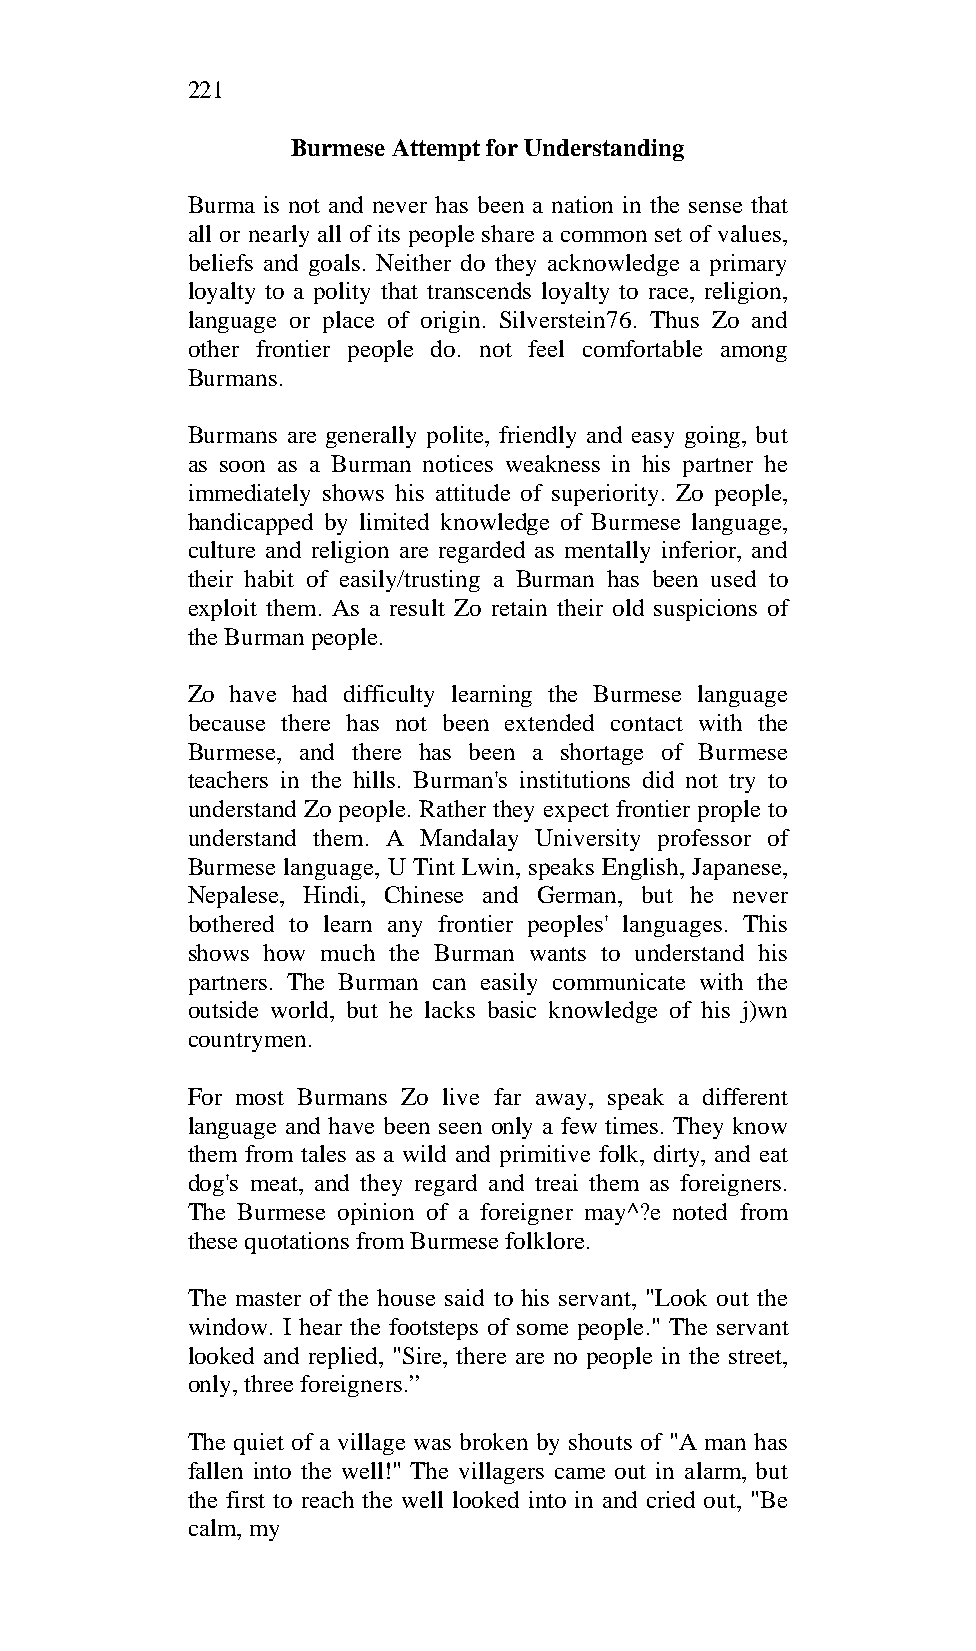
221
 Burmese Attempt for Understanding
 Burma is not and never has been a nation in the sense that
 all or nearly all of its people share a common set of values,
 beliefs and goals. Neither do they acknowledge a primary
 loyalty to a polity that transcends loyalty to race, religion,
 language or place of origin. Silverstein76. Thus Zo and
 other frontier people do. not feel comfortable among
 Burmans.
 Burmans are generally polite, friendly and easy going, but
 as soon as a Burman notices weakness in his partner he
 immediately shows his attitude of superiority. Zo people,
 handicapped by limited knowledge of Burmese language,
 culture and religion are regarded as mentally inferior, and
 their habit of easily/trusting a Burman has been used to
 exploit them. As a result Zo retain their old suspicions of
 the Burman people.
 Zo have had difficulty learning the Burmese language
 because there has not been extended contact with the
 Burmese, and there has been a shortage of Burmese
 teachers in the hills. Burman's institutions did not try to
 understand Zo people. Rather they expect frontier prople to
 understand them. A Mandalay University professor of
 Burmese language, U Tint Lwin, speaks English, Japanese,
 Nepalese, Hindi, Chinese and German, but he never
 bothered to learn any frontier peoples' languages. This
 shows how much the Burman wants to understand his
 partners. The Burman can easily communicate with the
 outside world, but he lacks basic knowledge of his j)wn
 countrymen.
 For most Burmans Zo live far away, speak a different
 language and have been seen only a few times. They know
 them from tales as a wild and primitive folk, dirty, and eat
 dog's meat, and they regard and treai them as foreigners.
 The Burmese opinion of a foreigner may^?e noted from
 these quotations from Burmese folklore.
 The master of the house said to his servant, "Look out the
 window. I hear the footsteps of some people." The servant
 looked and replied, "Sire, there are no people in the street,
 only, three foreigners.”
 The quiet of a village was broken by shouts of "A man has
 fallen into the well!" The villagers came out in alarm, but
 the first to reach the well looked into in and cried out, "Be
 calm, my